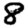
Digit: 8